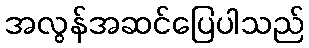
အလွန်အဆင်ပြေပါသည်